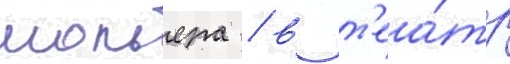
мольера / в т'еа́тр